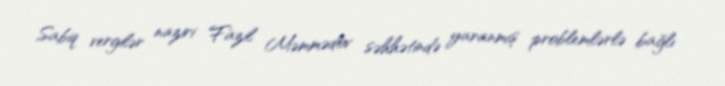
Sabiq vergilər naziri Fazil Məmmədov səhhətində yaranmış problemlərlə bağlı